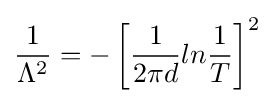
{\frac {1}{\Lambda ^{2}}}=-\left[{\frac {1}{2\pi d}}ln{\frac {1}{T}}\right]^{2}